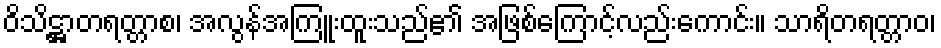
ဝိသိဋ္ဌာတရတ္တာစ၊ အလွန်အကြူးထူးသည်၏ အဖြစ်ကြောင့်လည်းကောင်း။ သာရိတရတ္တာဝ၊